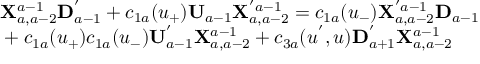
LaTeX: \begin{array} { l } { { { \bf X } _ { a , a - 2 } ^ { a - 1 } { \bf D } _ { a - 1 } ^ { ' } + c _ { 1 a } ( u _ { + } ) { \bf U } _ { a - 1 } { \bf X } _ { a , a - 2 } ^ { ' a - 1 } = c _ { 1 a } ( u _ { - } ) { \bf X } _ { a , a - 2 } ^ { ' a - 1 } { \bf D } _ { a - 1 } } } \\ { { \mathrm { } + c _ { 1 a } ( u _ { + } ) c _ { 1 a } ( u _ { - } ) { \bf U } _ { a - 1 } ^ { ' } { \bf X } _ { a , a - 2 } ^ { a - 1 } + c _ { 3 a } ( u ^ { ' } , u ) { \bf D } _ { a + 1 } ^ { ' } { \bf X } _ { a , a - 2 } ^ { a - 1 } } } \end{array}